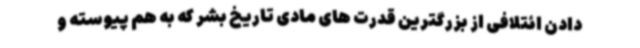
دادن ائتلافی از بزرگترین قدرت های مادی تاریخ بشر که به هم پیوسته و